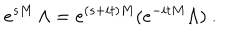
LaTeX: e ^ { s M } \, \Lambda = e ^ { ( s + i t ) M } ( e ^ { - i t M } \Lambda ) \ .